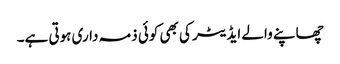
چھاپنے والے ایڈیٹر کی بھی کوئی ذمہ داری ہوتی ہے۔